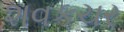
શવકચર